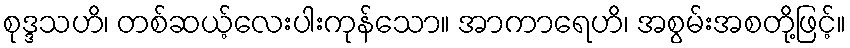
စုဒ္ဒသဟိ၊ တစ်ဆယ့်လေးပါးကုန်သော။ အာကာရေဟိ၊ အစွမ်းအစတို့ဖြင့်။